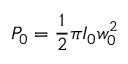
P _ { 0 } = { \frac { 1 } { 2 } } \pi I _ { 0 } w _ { 0 } ^ { 2 }